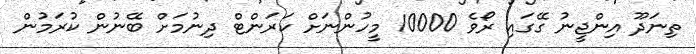
ތިނަދޫ އިންޖީނު ގޭގައި ރޯވެ 10000 މީހުންނަށް ކަރަންޓް ދިނުމަށް ބޭނުން ކުރަމުން